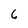
Character: 6